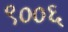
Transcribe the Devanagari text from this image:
९००६